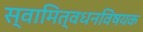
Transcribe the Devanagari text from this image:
स्वामित्वधनविषयक